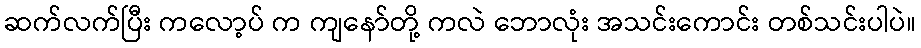
ဆက်လက်ပြီး ကလော့ပ် က ကျနော်တို့ ကလဲ ဘောလုံး အသင်းကောင်း တစ်သင်းပါပဲ။